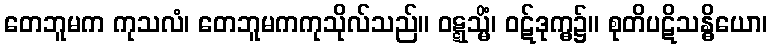
တေဘူမက ကုသလံ၊ တေဘူမကကုသိုလ်သည်။ ဝဋ္ဋသ္မိံ၊ ဝဋ်ဒုက္ဓ၌။ စုတိပဋိသန္ဓိယော၊